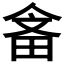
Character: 𤱭